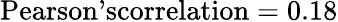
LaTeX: \textrm{Pearson’scorrelation}=0.18